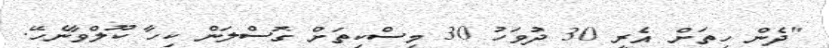
"ދެން ހިތަށް އެރީ 30 ދުވަހު 30 މިސްކިތަށް ގޮސްލަން ކިހާ ކޫލްވާނެހޭ.